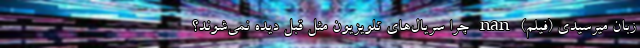
زبان میرسیدی (فیلم) nan چرا سریال‌های تلویزیون مثل قبل دیده نمی‌شوند؟